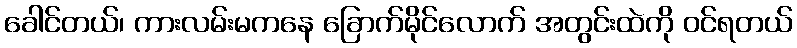
ခေါင်တယ်၊ ကားလမ်းမကနေ ခြောက်မိုင်လောက် အတွင်းထဲကို ဝင်ရတယ်